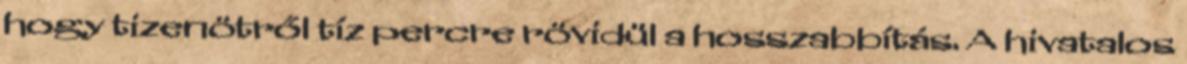
hogy tizenötről tíz percre rövidül a hosszabbítás. A hivatalos